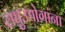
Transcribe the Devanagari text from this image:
लघुउद्योगांना